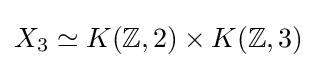
X_{3}\simeq K(\mathbb {Z} ,2)\times K(\mathbb {Z} ,3)